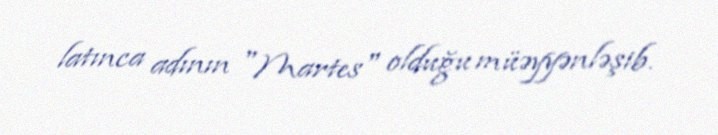
latınca adının "Martes" olduğu müəyyənləşib.